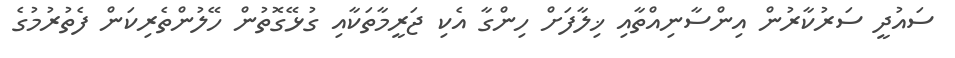
ސައުދީ ސަރުކާރުން އިންސާނިއްތާއި ޚިލާފަށް ހިންގާ އެކި ޖަރީމާތަކާއި ގުޅޭގޮތުން ހޭލުންތެރިކަން ފެތުރުމުގެ